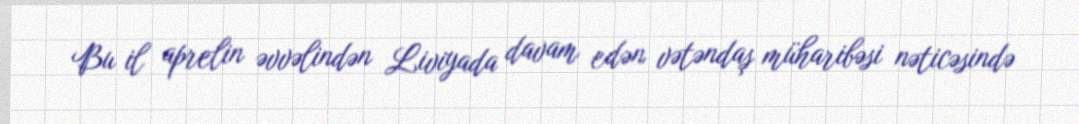
Bu il aprelin əvvəlindən Liviyada davam edən vətəndaş müharibəsi nəticəsində